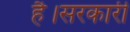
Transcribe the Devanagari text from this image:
है।सरकारी